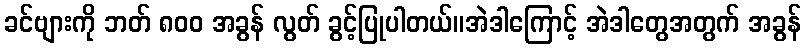
ခင်ဗျားကို ဘတ် ၈၀၀ အခွန် လွတ် ခွင့်ပြုပါတယ်။အဲဒါကြောင့် အဲဒါတွေအတွက် အခွန်